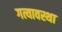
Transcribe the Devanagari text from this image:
गत्यावस्था